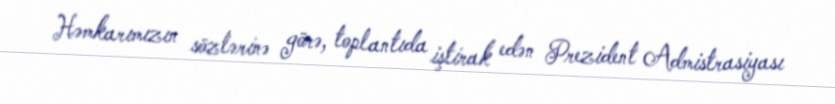
Həmkarımızın sözlərinə görə, toplantıda iştirak edən Prezident Admistrasiyası